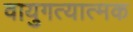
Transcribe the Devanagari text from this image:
वायुगत्यात्मक